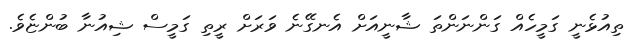
ތިއުޅެނީ ގަމީހެއް ގަންނަންތަ ޝާނީއަށް އެނގޭނެ ވަރަށް ރީތި ގަމީސް ޝިއުނާ ބުންޏެވެ.